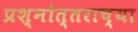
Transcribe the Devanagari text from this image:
प्रश्नोत्तराच्या